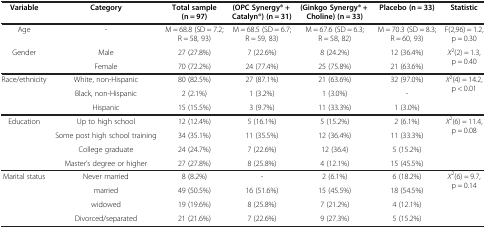
<table><thead><tr><td><b>Variable</b></td><td><b>Category</b></td><td><b>Total sample (n = 97)</b></td><td><b>(OPC Synergy® + Catalyn®) (n = 31)</b></td><td><b>(Ginkgo Synergy® + Choline) (n = 33)</b></td><td><b>Placebo (n = 33)</b></td><td><b>Statistic</b></td></tr></thead><tbody><tr><td>Age</td><td>-</td><td>M = 68.8 (SD = 7.2; R = 58, 93)</td><td>M = 68.5 (SD = 6.7; R = 59, 83)</td><td>M = 67.6 (SD = 6.3; R = 58, 82)</td><td>M = 70.3 (SD = 8.3; R = 60, 93)</td><td>F(2,96) = 1.2, p = 0.30</td></tr><tr><td rowspan="2">Gender</td><td>Male</td><td>27 (27.8%)</td><td>7 (22.6%)</td><td>8 (24.2%)</td><td>12 (36.4%)</td><td rowspan="2"><i>X</i><sup>2</sup>(2) = 1.3, p = 0.40</td></tr><tr><td>Female</td><td>70 (72.2%)</td><td>24 (77.4%)</td><td>25 (75.8%)</td><td>21 (63.6%)</td></tr><tr><td rowspan="3">Race/ethnicity</td><td>White, non-Hispanic</td><td>80 (82.5%)</td><td>27 (87.1%)</td><td>21 (63.6%)</td><td>32 (97.0%)</td><td rowspan="3"><i>X</i><sup>2</sup>(4) = 14.2, p &lt; 0.01</td></tr><tr><td>Black, non-Hispanic</td><td>2 (2.1%)</td><td>1 (3.2%)</td><td>1 (3.0%)</td><td>-</td></tr><tr><td>Hispanic</td><td>15 (15.5%)</td><td>3 (9.7%)</td><td>11 (33.3%)</td><td>1 (3.0%)</td></tr><tr><td rowspan="4">Education</td><td>Up to high school</td><td>12 (12.4%)</td><td>5 (16.1%)</td><td>5 (15.2%)</td><td>2 (6.1%)</td><td rowspan="4"><i>X</i><sup>2</sup>(6) = 11.4, p = 0.08</td></tr><tr><td>Some post high school training</td><td>34 (35.1%)</td><td>11 (35.5%)</td><td>12 (36.4%)</td><td>11 (33.3%)</td></tr><tr><td>College graduate</td><td>24 (24.7%)</td><td>7 (22.6%)</td><td>12 (36.4)</td><td>5 (15.2%)</td></tr><tr><td>Master’s degree or higher</td><td>27 (27.8%)</td><td>8 (25.8%)</td><td>4 (12.1%)</td><td>15 (45.5%)</td></tr><tr><td rowspan="4">Marital status</td><td>Never married</td><td>8 (8.2%)</td><td>-</td><td>2 (6.1%)</td><td>6 (18.2%)</td><td rowspan="4"><i>X</i><sup>2</sup>(6) = 9.7, p = 0.14</td></tr><tr><td>married</td><td>49 (50.5%)</td><td>16 (51.6%)</td><td>15 (45.5%)</td><td>18 (54.5%)</td></tr><tr><td>widowed</td><td>19 (19.6%)</td><td>8 (25.8%)</td><td>7 (21.2%)</td><td>4 (12.1%)</td></tr><tr><td>Divorced/separated</td><td>21 (21.6%)</td><td>7 (22.6%)</td><td>9 (27.3%)</td><td>5 (15.2%)</td></tr></tbody></table>